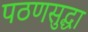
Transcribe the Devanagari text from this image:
पठणसुद्धा